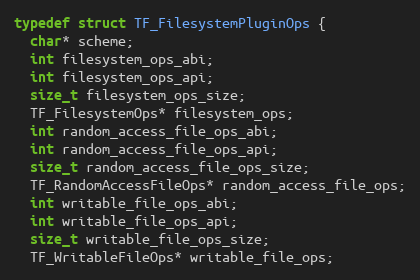
Language: C
typedef struct TF_FilesystemPluginOps {
  char* scheme;
  int filesystem_ops_abi;
  int filesystem_ops_api;
  size_t filesystem_ops_size;
  TF_FilesystemOps* filesystem_ops;
  int random_access_file_ops_abi;
  int random_access_file_ops_api;
  size_t random_access_file_ops_size;
  TF_RandomAccessFileOps* random_access_file_ops;
  int writable_file_ops_abi;
  int writable_file_ops_api;
  size_t writable_file_ops_size;
  TF_WritableFileOps* writable_file_ops;